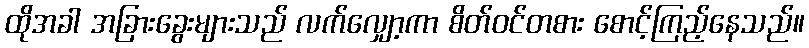
ထိုအခါ အခြားခွေးများသည် လက်လျှော့ကာ စိတ်ဝင်တစား စောင့်ကြည့်နေသည်။